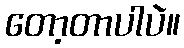
တော့တာပါပဲ။